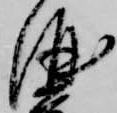
酒